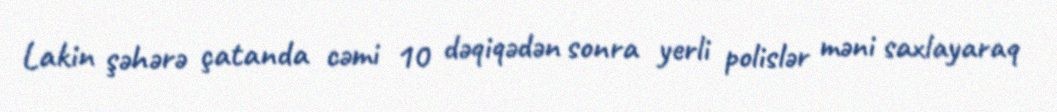
Lakin şəhərə çatanda cəmi 10 dəqiqədən sonra yerli polislər məni saxlayaraq